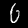
Digit: 6